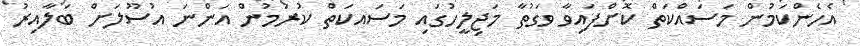
އެހެންކަމުން މަސައްކަތް ކޮށްފައިވާ ވަގުތާ މަޖިލީހުގައި މަސައކަތް ކުރަމުން އަންނަ އުސޫލަށް ބަލާއިރު